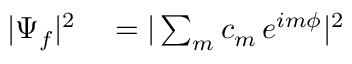
\begin{array} { r l } { | \Psi _ { f } | ^ { 2 } } & { { } = | \sum _ { m } c _ { m } \, e ^ { i m \phi } | ^ { 2 } } \end{array}